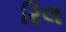
રિલ